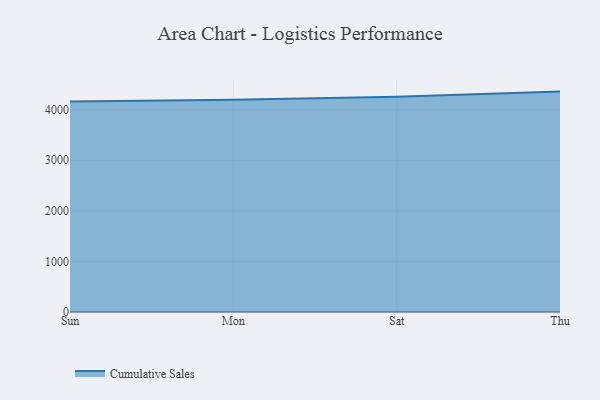
{"axis": {"x": "Day", "y": "Humidity (%)"}, "legend": ["Cumulative Sales"], "data": [{"x": "Sun", "y": 4161.0, "type": "Cumulative Sales"}, {"x": "Mon", "y": 4194.2, "type": "Cumulative Sales"}, {"x": "Sat", "y": 4254.2, "type": "Cumulative Sales"}, {"x": "Thu", "y": 4357.8, "type": "Cumulative Sales"}]}